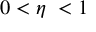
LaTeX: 0 < \eta \ < 1